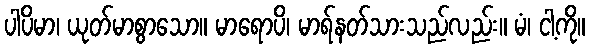
ပါပိမာ၊ ယုတ်မာစွာသော။ မာရောပိ၊ မာရ်နတ်သားသည်လည်း။ မံ၊ ငါ့ကို။